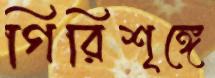
গিরিশৃঙ্গে